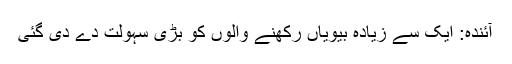
آئندہ: ایک سے زیادہ بیویاں رکھنے والوں کو بڑی سہولت دے دی گئی